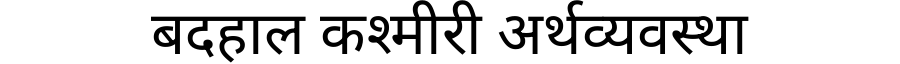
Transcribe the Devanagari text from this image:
बदहाल कश्मीरी अर्थव्यवस्था